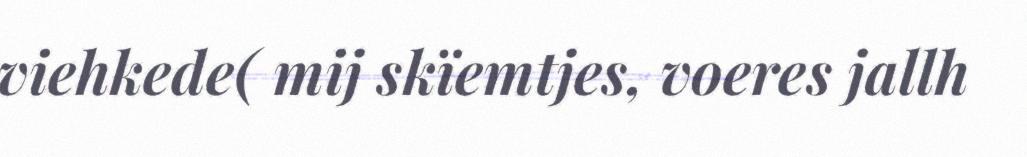
viehkede( mij skïemtjes, voeres jallh